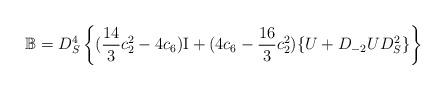
LaTeX: \begin{align*}\mathbb{B}&=D_S^4 \left\{(\frac{14}{3} c_2^2-4 c_6) \mathrm{I}+(4 c_6-\frac{16}{3} c_2^2) \{ U+D_{-2} U D_S^2\}\right\}\end{align*}